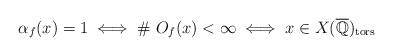
LaTeX: \begin{align*}\alpha_{f}(x)=1 \iff \#\ O_{f}(x)<\infty \iff x\in X( \overline{\mathbb Q})_{\rm tors}\end{align*}